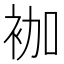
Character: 𰳷